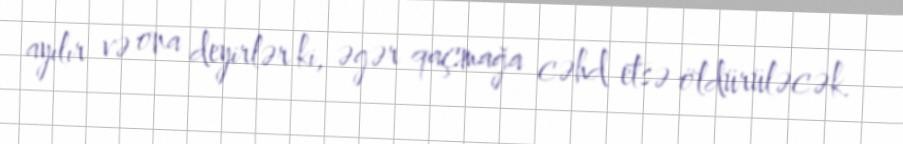
ayılır və ona deyirlər ki, əgər qaçmağa cəhd etsə öldürüləcək.